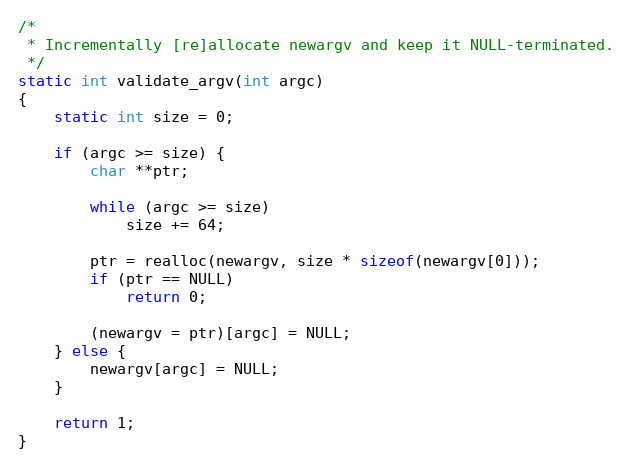
Language: C
/*
 * Incrementally [re]allocate newargv and keep it NULL-terminated.
 */
static int validate_argv(int argc)
{
    static int size = 0;

    if (argc >= size) {
        char **ptr;

        while (argc >= size)
            size += 64;

        ptr = realloc(newargv, size * sizeof(newargv[0]));
        if (ptr == NULL)
            return 0;

        (newargv = ptr)[argc] = NULL;
    } else {
        newargv[argc] = NULL;
    }

    return 1;
}